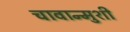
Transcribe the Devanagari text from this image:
चावान्मुशी